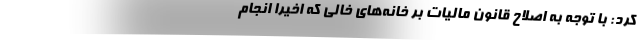
کرد: با توجه به اصلاح قانون مالیات بر خانه‌های خالی که اخیراً انجام